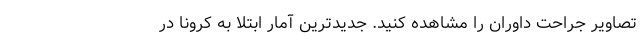
تصاویر جراحت داوران را مشاهده کنید. جدیدترین آمار ابتلا به کرونا در